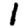
Digit: 1